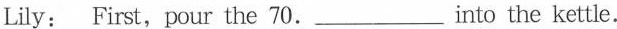
Lily: First, pour the 70.___into the kettle.